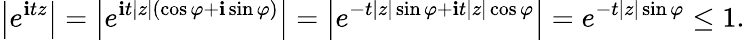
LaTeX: \left|e^{\mathbf{i}tz}\right|=\left|e^{\mathbf{i}t|z|(\cos\varphi+\mathbf{i}\sin\varphi)}\right|=\left|e^{-t|z|\sin\varphi+\mathbf{i}t|z|\cos\varphi}\right|=e^{-t|z|\sin\varphi}\leq1.